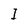
Character: I